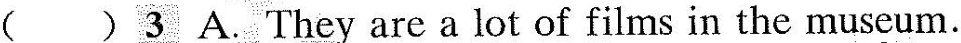
( ) 3 A. They are a lot of films in the museum.